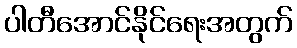
ပါတီအောင်နိုင်ရေးအတွက်